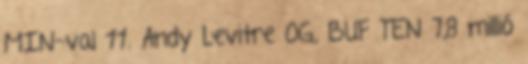
MIN-val 11. Andy Levitre OG, BUF TEN 7,8 millió